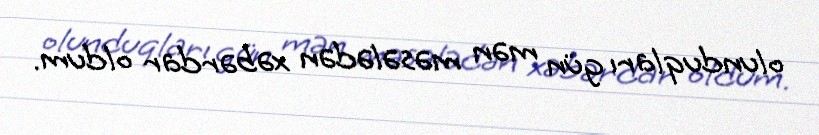
olunduqları gün mən məsələdən xəbərdar oldum.